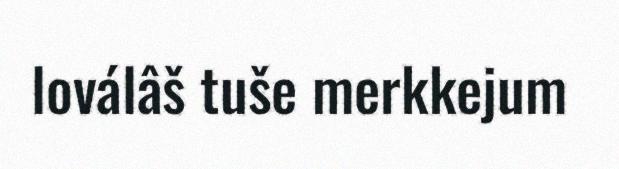
loválâš tuše merkkejum